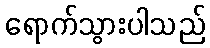
ရောက်သွားပါသည်